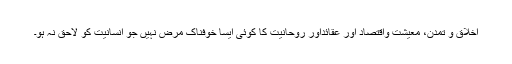
اخلاق و تمدن، معیشت واقتصاد اور عقائداور روحانیت کا کوئی ایسا خوفناک مرض نہیں جو انسانیت کو لاحق نہ ہو۔